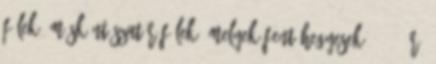
fülek, másként szatír-fülek, melyek fent hegyesek --- 5. r.